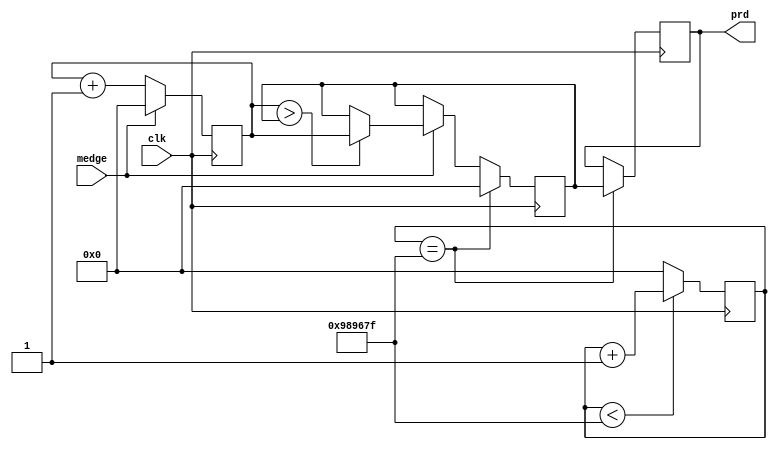

module get_prd(
	input clk, 
	input medge,
	output reg [31:0] prd 
);
	reg [31:0] cnt100ms;	initial cnt100ms = 'b0;
	wire en100ms = (cnt100ms == 32'd9_999_999);
	always@(posedge clk)begin
		if(cnt100ms < 32'd9_999_999) cnt100ms <= cnt100ms + 1'b1;
		else cnt100ms <= 'b0;
	end

	reg [31:0] p_cnt, p_temp;
	initial begin prd = 'b0; p_cnt = 'b0; p_temp = 'b0; end
	always@(posedge clk)begin
		if(medge) p_cnt <= 'b0;
		else p_cnt <= p_cnt + 1'b1;
	end

	always@(posedge clk)begin
		if(en100ms) begin
			prd <= p_temp;
			p_temp <= 'b0;
		end
		else if(medge) p_temp <= ((p_cnt > p_temp)? p_cnt : p_temp);
		 
	end


endmodule